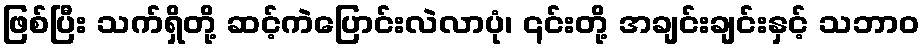
ဖြစ်ပြီး သက်ရှိတို့ ဆင့်ကဲပြောင်းလဲလာပုံ၊ ၎င်းတို့ အချင်းချင်းနှင့် သဘာဝ